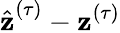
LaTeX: \hat{\textbf{z}}^{(\tau)}-\textbf{z}^{(\tau)}